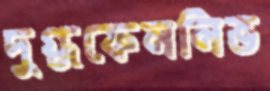
দুগ্ধফেননিভ